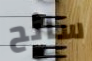
سائح